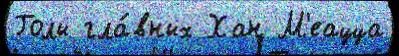
Голы гла́вных Хан М'еацца